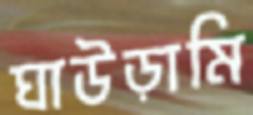
ঘাউড়ামি